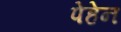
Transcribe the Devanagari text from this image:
पेहेन